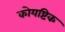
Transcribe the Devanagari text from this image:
कोयष्टिक